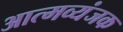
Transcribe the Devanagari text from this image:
आत्मव्यंजक